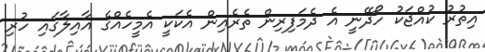
އިތުރު ކުއްޖަކު ހޯދޭނީ އެ ދެމަފިރިން ތެރެއިން އެކަކީ އެމީހެއްގެ އާއިލާގައި ހުރި